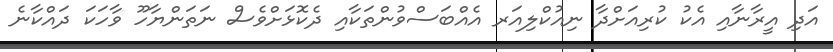
އަދި އީރާނާއި އެކު ކުރިއަށްދާ ނިއުކްލިއަރ އެއްބަސްވުންތަކާއި ދެކޮޅަށްވެސް ނަތަންޔާހޫ ވާހަކަ ދައްކާނެ